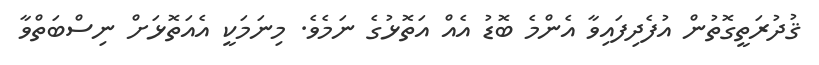
ޤުދުރަތީގޮތުން އުފެދިފައިވާ އެންމެ ބޮޑު އެއް އަތޮޅުގެ ނަމެވެ. މިނަމަކީ އެއަތޮޅަށް ނިސްބަތްވާ